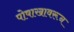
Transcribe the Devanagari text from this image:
पोषाखावरून